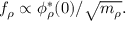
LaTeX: f _ { \rho } \propto \phi _ { \rho } ^ { * } ( 0 ) / \sqrt { m _ { \rho } } .